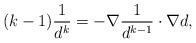
LaTeX: \begin{align*} (k-1)\frac{1}{d^{k}}=-\nabla\frac{1}{d^{k-1}}\cdot\nabla d, \end{align*}